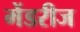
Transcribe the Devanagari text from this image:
मेंडरीज